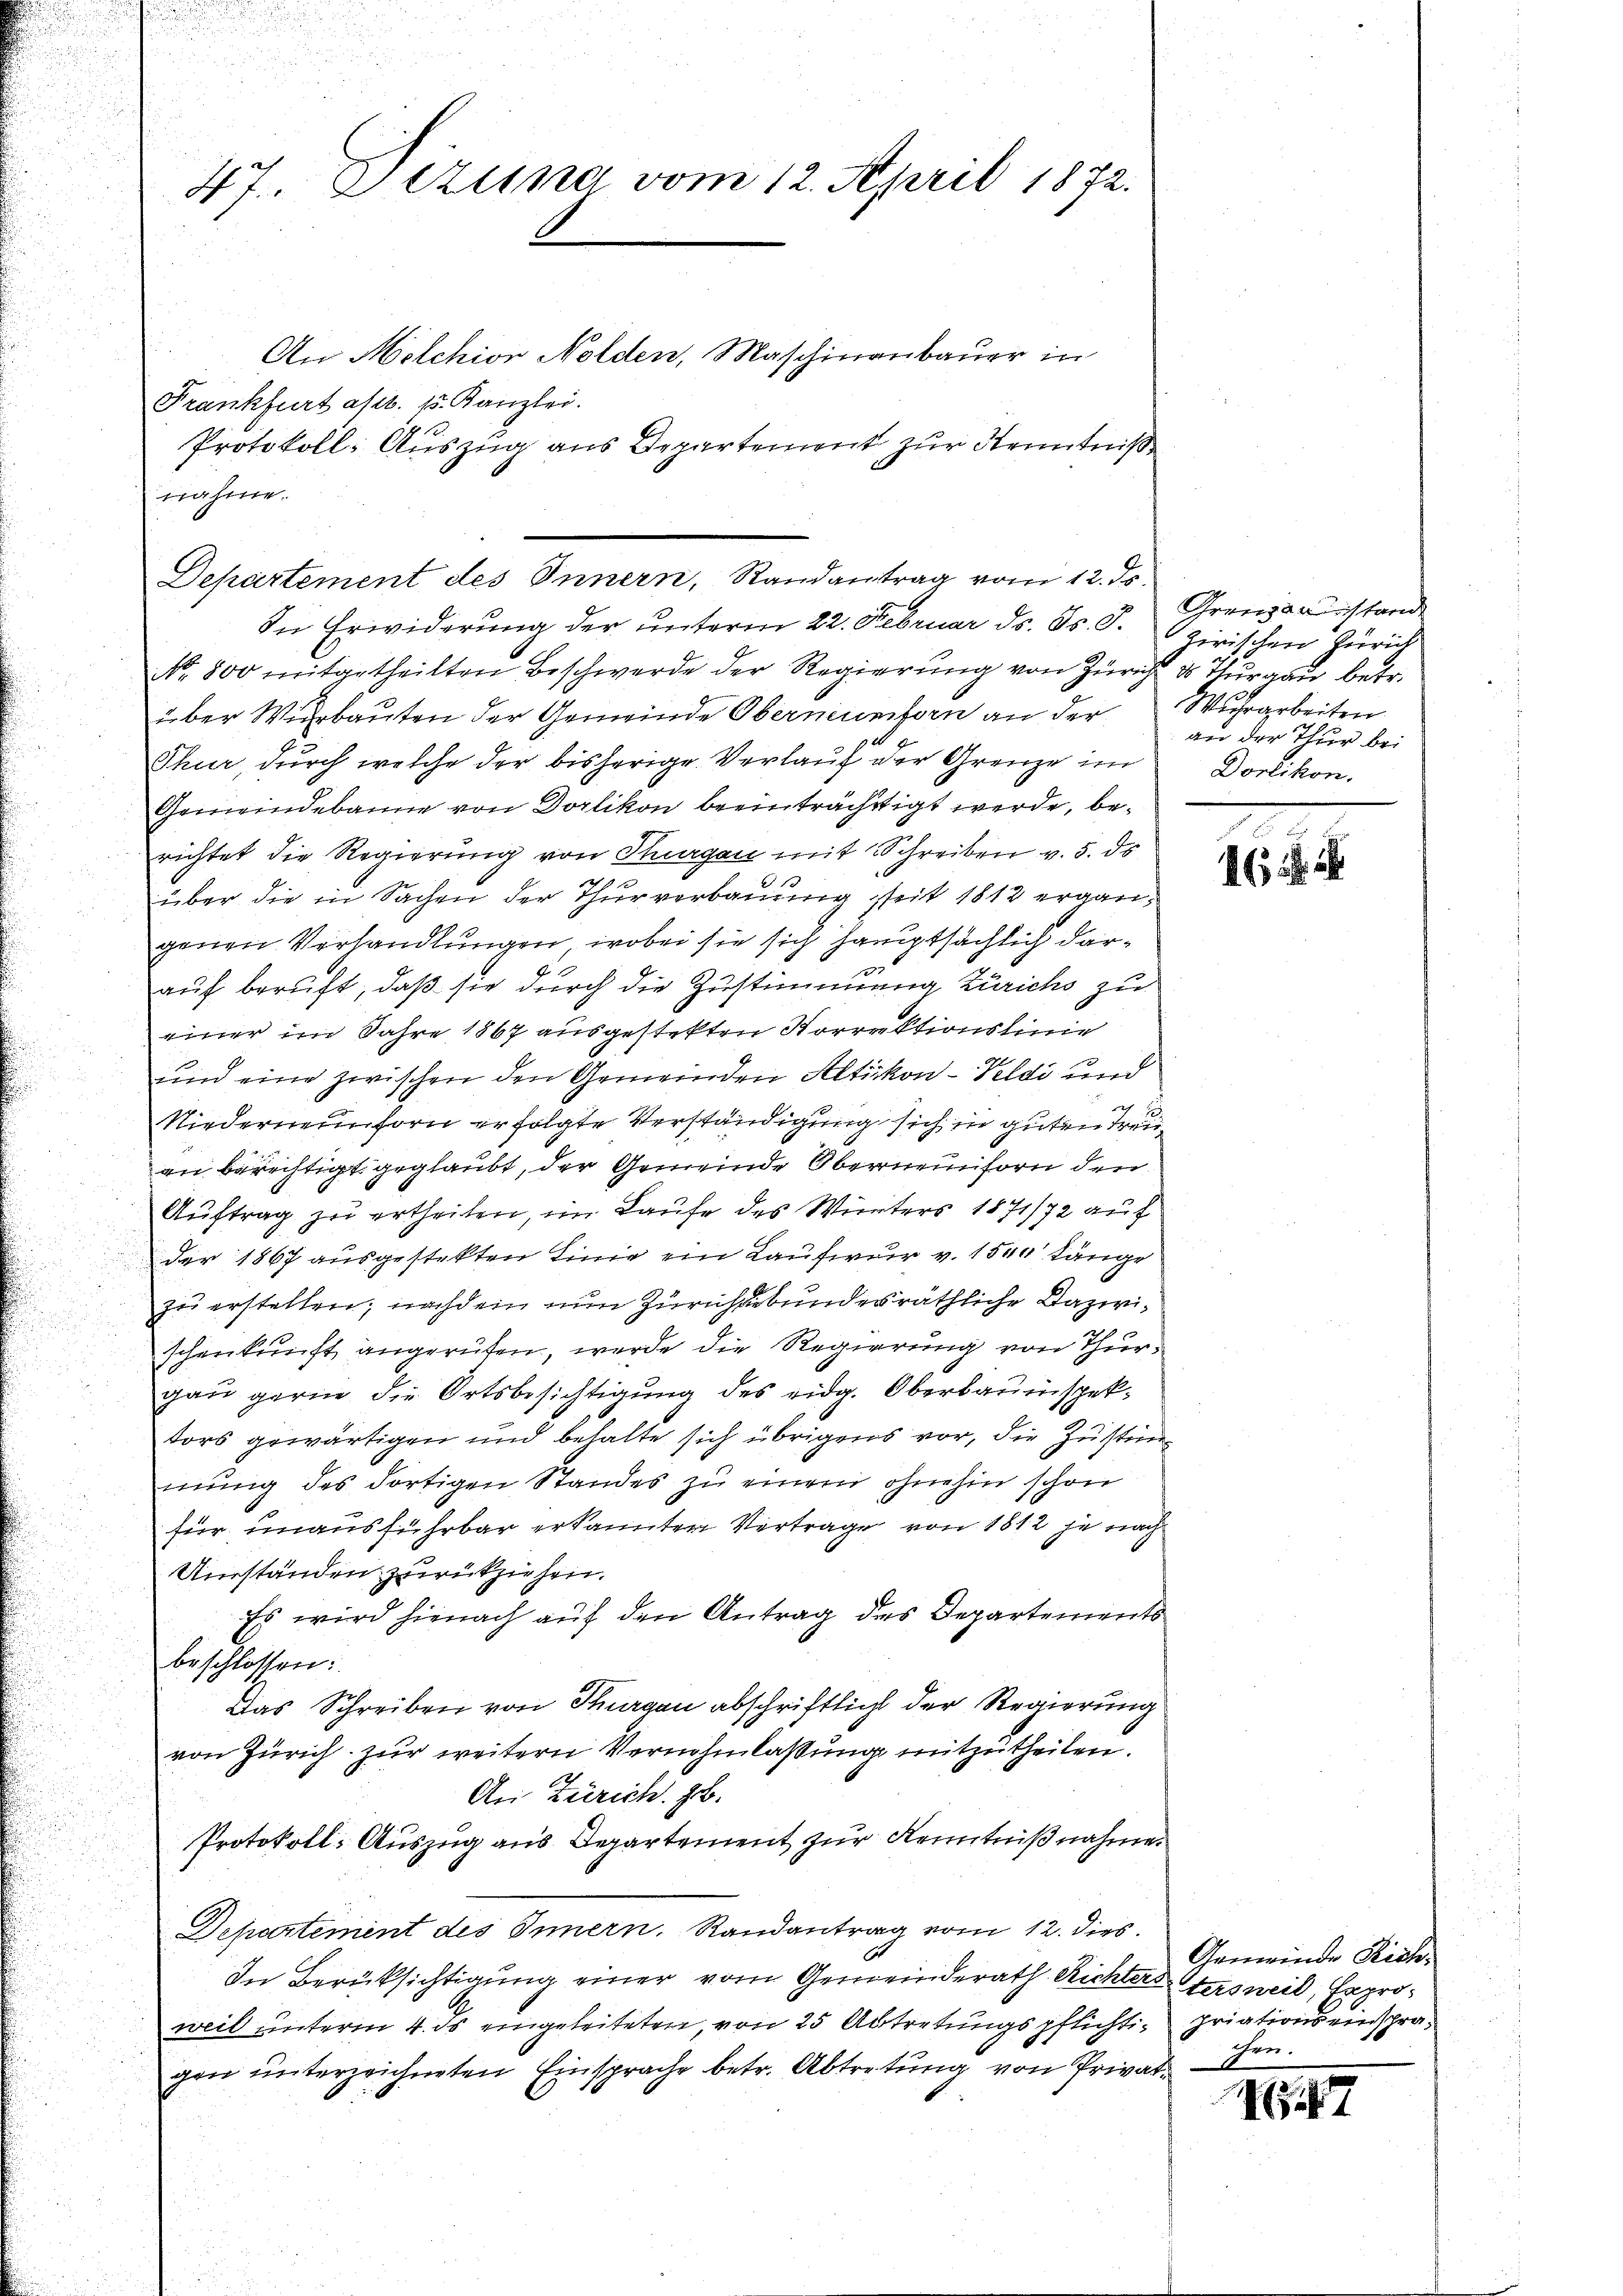
47. Sitzung vom 12. April 1872.

Frankfurt astr. 15. Kanzlei.
Protokoll-Auszug aus Departement zur Kenntniß
nahme.
Departement des Innern, Randantrag vom 12. ds.

In Erwiderung der unterm 22. Februar ds. Fs. J.
NNo. 800 mitgetheilten Beschwerde der Regierung von Zürich
über Wierbauten der Gemeinde Oberneuntern an der
Thur, durch welche der bisherige Verlauf der Grenze im
Gemeindebanne von Dorlikon beeinträchtigt werde, berichtet die Regierung von Thurgau mit Schreiben v. 5. ds
über die in Sachen der Thurverbauung seit 1812 ergängenen Verhandlungen, wobei sie sich hauptsächlich darauf beruft, daß sie durch die Zustimmung Zürichs zu
einer im Jahre 1867 ausgestelten Korrektionslinie
und eine zwischen den Gemeinden Altikon - Veldi und
4 x
Niederneunforn erfolgte Verständigung sich in guten treian berechtigt geglaubt, der Gemeinde Oberneunforn den
Auftrag zu ertheilen, im Laufe des Winters 1871/72 auf
der 1867 ausgestekten Linie ein Laufwur v. 1500' Länge
zu erstellen; nachdem nun Zürichtebundesräthliche Dazwischenkunft angerufen, werde die Regierung von Thurgau gerne die Ortsbesichtigung des eidg. Oberbauinspektors gewärtigen und behalte sich übrigens vor, die Zustimmung des dortigen Standes zu einem ohnehin schon
für unausführbar erkannter Vertrage von 1812 je nach
Umständen zurückziehen.
Es wird hienach auf den Antrag des Departements
beschlossen:
Das Schreiben von Thurgau abschriftlich der Regierung
von Zürich zur weitern Vernehmlassung mitzutheilen.
An Zürich. zb.
Protokoll: Auszug aus Departement zur Kenntniß nahmen
Departement des Innern. Randantrag vom 12. dies
In Berücksichtigung einer vom Gemeinderath Richters Stersweil, Exproweil unterm 4. ds eingeleiteten, von 25 Abtretungspflichti- priations einspragen unterzeichneten Einsprache betr. Abtretung von Privat¬

An Melchior Nolden, Maschinenbauer in

Grenzanstand
Zirischen Zürich
ds Thurgau betr.
Wuhrarbeiten
an der Thur bei
Dorlikon.

161

Gemeinde Richchen.

1